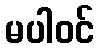
မပါဝင်